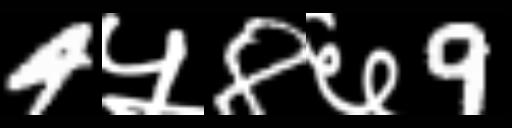
Text: 4५8६9